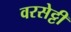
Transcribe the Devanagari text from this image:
वरसेट्टी